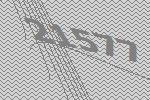
21577